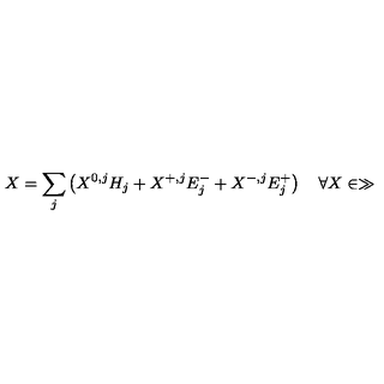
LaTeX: X = \sum _ { j } \left( X ^ { 0 , j } H _ { j } + X ^ { + , j } E _ { j } ^ { - } + X ^ { - , j } E _ { j } ^ { + } \right) \quad \forall X \in \gg